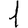
Digit: 1